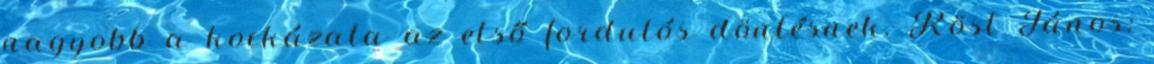
nagyobb a kockázata az első fordulós döntésnek. Röst János: